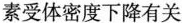
素受体密度下降有关